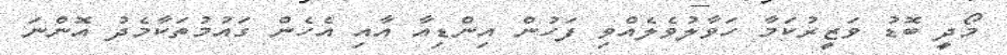
މޯދީ ބޮޑު ވަޒީރުކަމާ ހަވާލުވެލެއްވި ފަހުން އިންޑިއާ އާއި އެހެން ގައުމުތަކާމެދު އޮންނަ